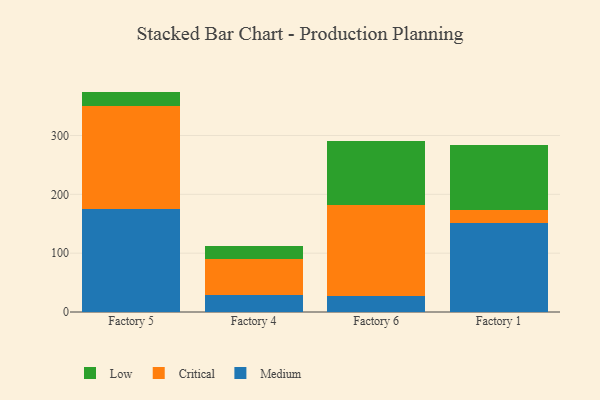
{"axis": {"x": "Factory", "y": "Inventory Turnover"}, "legend": ["Critical", "Low", "Medium"], "data": [{"x": "Factory 5", "y": 175.8, "type": "Medium"}, {"x": "Factory 5", "y": 173.9, "type": "Critical"}, {"x": "Factory 5", "y": 24.9, "type": "Low"}, {"x": "Factory 4", "y": 28.5, "type": "Medium"}, {"x": "Factory 4", "y": 60.8, "type": "Critical"}, {"x": "Factory 4", "y": 22.4, "type": "Low"}, {"x": "Factory 6", "y": 27.3, "type": "Medium"}, {"x": "Factory 6", "y": 154.3, "type": "Critical"}, {"x": "Factory 6", "y": 109.7, "type": "Low"}, {"x": "Factory 1", "y": 152.0, "type": "Medium"}, {"x": "Factory 1", "y": 20.7, "type": "Critical"}, {"x": "Factory 1", "y": 110.7, "type": "Low"}]}